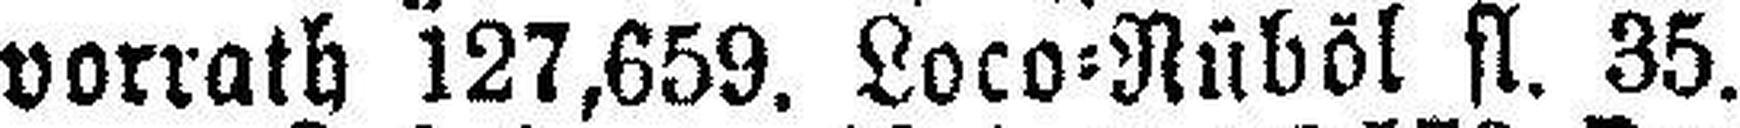
vorrath 127,659. Loco=Rüböl fl. 35.